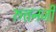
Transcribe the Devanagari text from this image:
रुत्तनजी